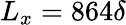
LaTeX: L_{x}=864\delta